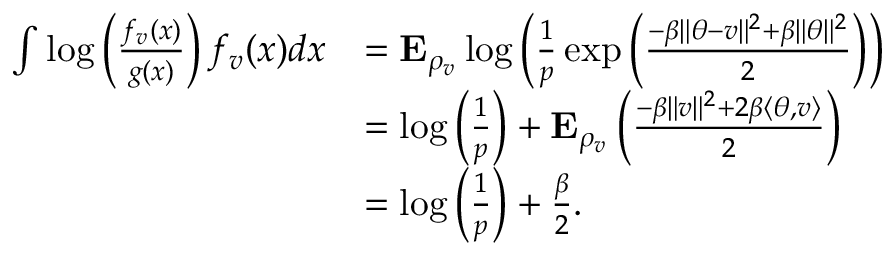
\begin{array} { r l } { \int \log \left( \frac { f _ { v } ( x ) } { g ( x ) } \right) f _ { v } ( x ) d x } & { = { \mathbf E } _ { \rho _ { v } } \log \left( \frac { 1 } { p } \exp \left( \frac { - \beta \| \theta - v \| ^ { 2 } + \beta \| \theta \| ^ { 2 } } { 2 } \right) \right) } \\ & { = \log \left( \frac { 1 } { p } \right) + { \mathbf E } _ { \rho _ { v } } \left( \frac { - \beta \| v \| ^ { 2 } + 2 \beta \langle \theta , v \rangle } { 2 } \right) } \\ & { = \log \left( \frac { 1 } { p } \right) + \frac { \beta } { 2 } . } \end{array}